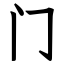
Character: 门